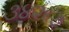
૩૪૨૬૭